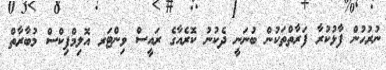
ނުރުހުން ފާޅުކުރާ ފަރާތްތަކުން ބުނަނީ ދެކުނު ކޮރެއާގެ ރައީސް ވިންޓަރ އޮލިމްޕިކްސް މުބާރާތް